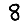
Digit: 8